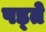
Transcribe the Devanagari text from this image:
पड्ते